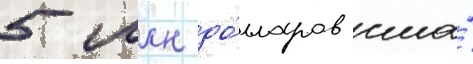
5 млн до́лларов сша́